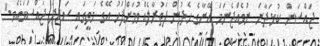
ޖައްސަން ކުޅަދާނަ ނުވެއްޖެނަމަ އޭނާގެ ހެދުން ފަތުރާލެއްވުމަށްފަހު އޭގެ މަތީގައި ސަޖިދަ ޖައްސަވައެވެ."